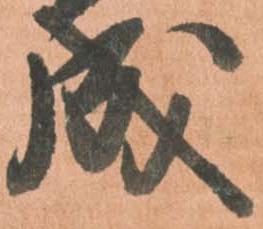
成